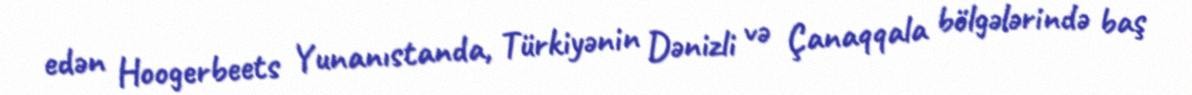
edən Hoogerbeets Yunanıstanda, Türkiyənin Dənizli və Çanaqqala bölgələrində baş